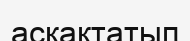
асқақтатып